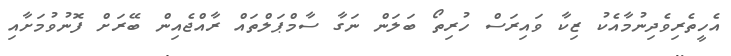
އެހީތެރިވެދިނުމާއެކު ޒިކާ ވައިރަސް ހުރިތޯ ބަލަން ނަގާ ސާމްޕަލްތައް ރާއްޖެއިން ބޭރަށް ފޮނުވުމަށާއި